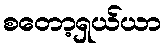
စတော့ရှယ်ယာ